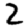
Digit: 2